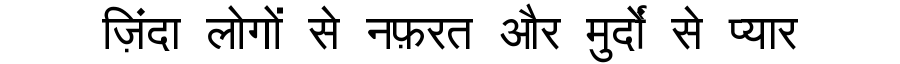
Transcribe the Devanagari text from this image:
ज़िंदा लोगों से नफ़रत और मुर्दों से प्यार